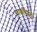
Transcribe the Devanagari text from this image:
साक्षींसाठी